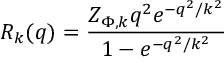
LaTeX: R _ { k } ( q ) = \frac { Z _ { \Phi , k } q ^ { 2 } e ^ { - q ^ { 2 } / k ^ { 2 } } } { 1 - e ^ { - q ^ { 2 } / k ^ { 2 } } }